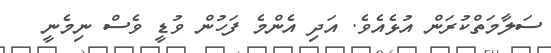
ސަލާމަތްކުރަން އުޅެއެވެ. އަދި އެންމެ ފަހުން ވުޑީ ވެސް ނިމެނީ